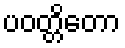
ပဝတ္တိတော